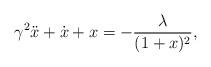
LaTeX: \begin{align*}\displaystyle \gamma^{2} \ddot x + \dot x + x = - \frac{\lambda}{(1+x)^{2}},\end{align*}